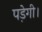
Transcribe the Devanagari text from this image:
पडे़गी।